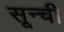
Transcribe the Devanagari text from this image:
सून्ची